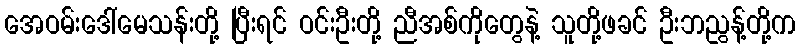
အေဝမ်းဒေါ်မေသန်းတို့ ပြီးရင် ဝင်းဦးတို့ ညီအစ်ကိုတွေနဲ့ သူတို့ဖခင် ဦးဘညွန့်တို့က